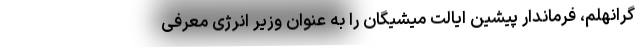
گرانهلم، فرماندار پیشین ایالت میشیگان را به عنوان وزیر انرژی معرفی